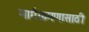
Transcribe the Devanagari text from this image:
मार्गक्रमणासाठी